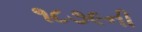
૧૮૭૯ની